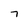
Character: 7